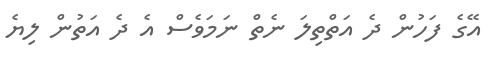
އޭގެ ފަހުން ދެ އަތްތިލަ ނެތް ނަމަވެސް އެ ދެ އަތުން ލިޔެ